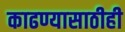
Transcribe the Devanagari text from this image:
काढण्यासाठीही